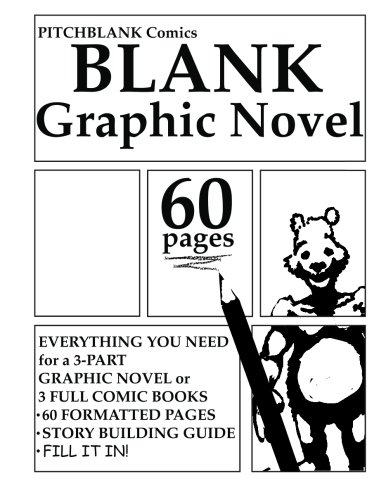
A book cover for Blank Graphic Novel: 60 Formatted Pages Plus Guide; PitchBlank Comics; Comics & Graphic Novels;